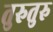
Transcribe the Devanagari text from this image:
तुरुतुरु